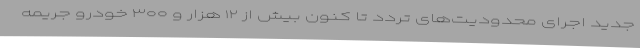
جدید اجرای محدودیت‌های تردد تا کنون بیش از ۱۲ هزار و ۳۰۰ خودرو جریمه